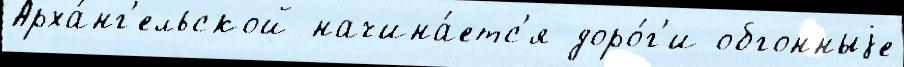
Арха́нг'ельской начина́етс'я доро́г'и обгонныjе